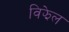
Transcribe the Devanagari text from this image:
विझेल